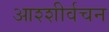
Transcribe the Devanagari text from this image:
आश्शीर्वचन